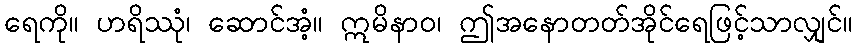
ရေကို။ ဟရိဿုံ၊ ဆောင်အံ့။ ဣမိနာဝ၊ ဤအနောတတ်အိုင်ရေဖြင့်သာလျှင်။